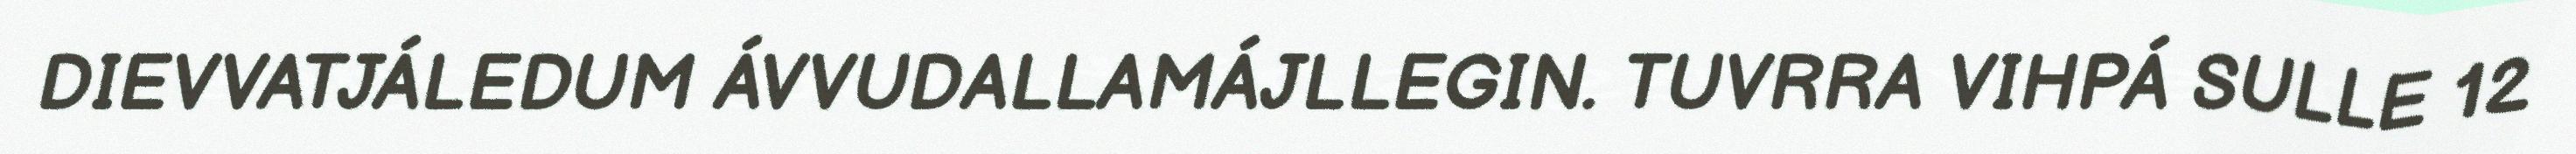
DIEVVATJÁLEDUM ÁVVUDALLAMÁJLLEGIN. TUVRRA VIHPÁ SULLE 12